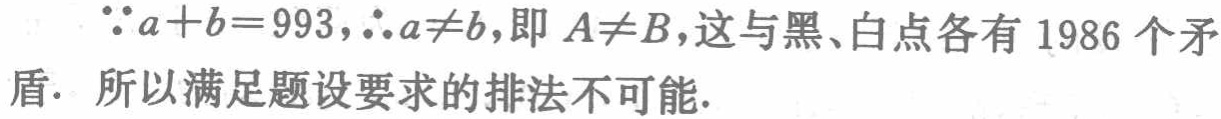
\(\because a + b = 993,\therefore a\neq b\)，即 \(A\neq B\)，这与黑、白点各有 \(1986\) 个矛盾. 所以满足题设要求的排法不可能.